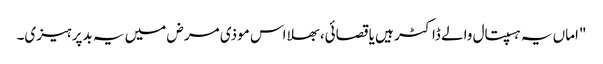
"اماں یہ ہسپتال والے ڈاکٹر ہیں یا قصائی، بھلا اس موذی مرض میں یہ بدپرہیزی۔